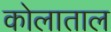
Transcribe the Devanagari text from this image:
कोलाताल